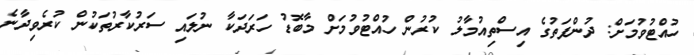
ހުއްޓުވުމަށް: ދުންފަތުގެ އިސްތިއުމާލު ކުރުން ހުއްޓުވުމަށް މާބޮޑު ހަރަދަކާ ނުލައި ސަރުކާރުތަކުން ކުރެވިދާނެ